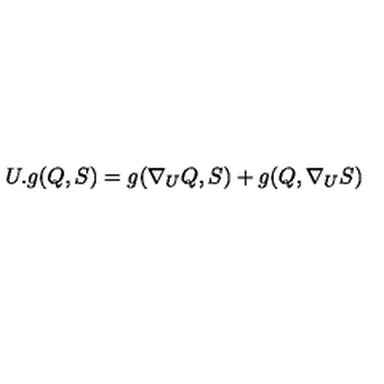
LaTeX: U . g ( Q , S ) = g ( \nabla _ { U } Q , S ) + g ( Q , \nabla _ { U } S )